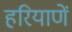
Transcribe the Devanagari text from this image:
हरियाणें